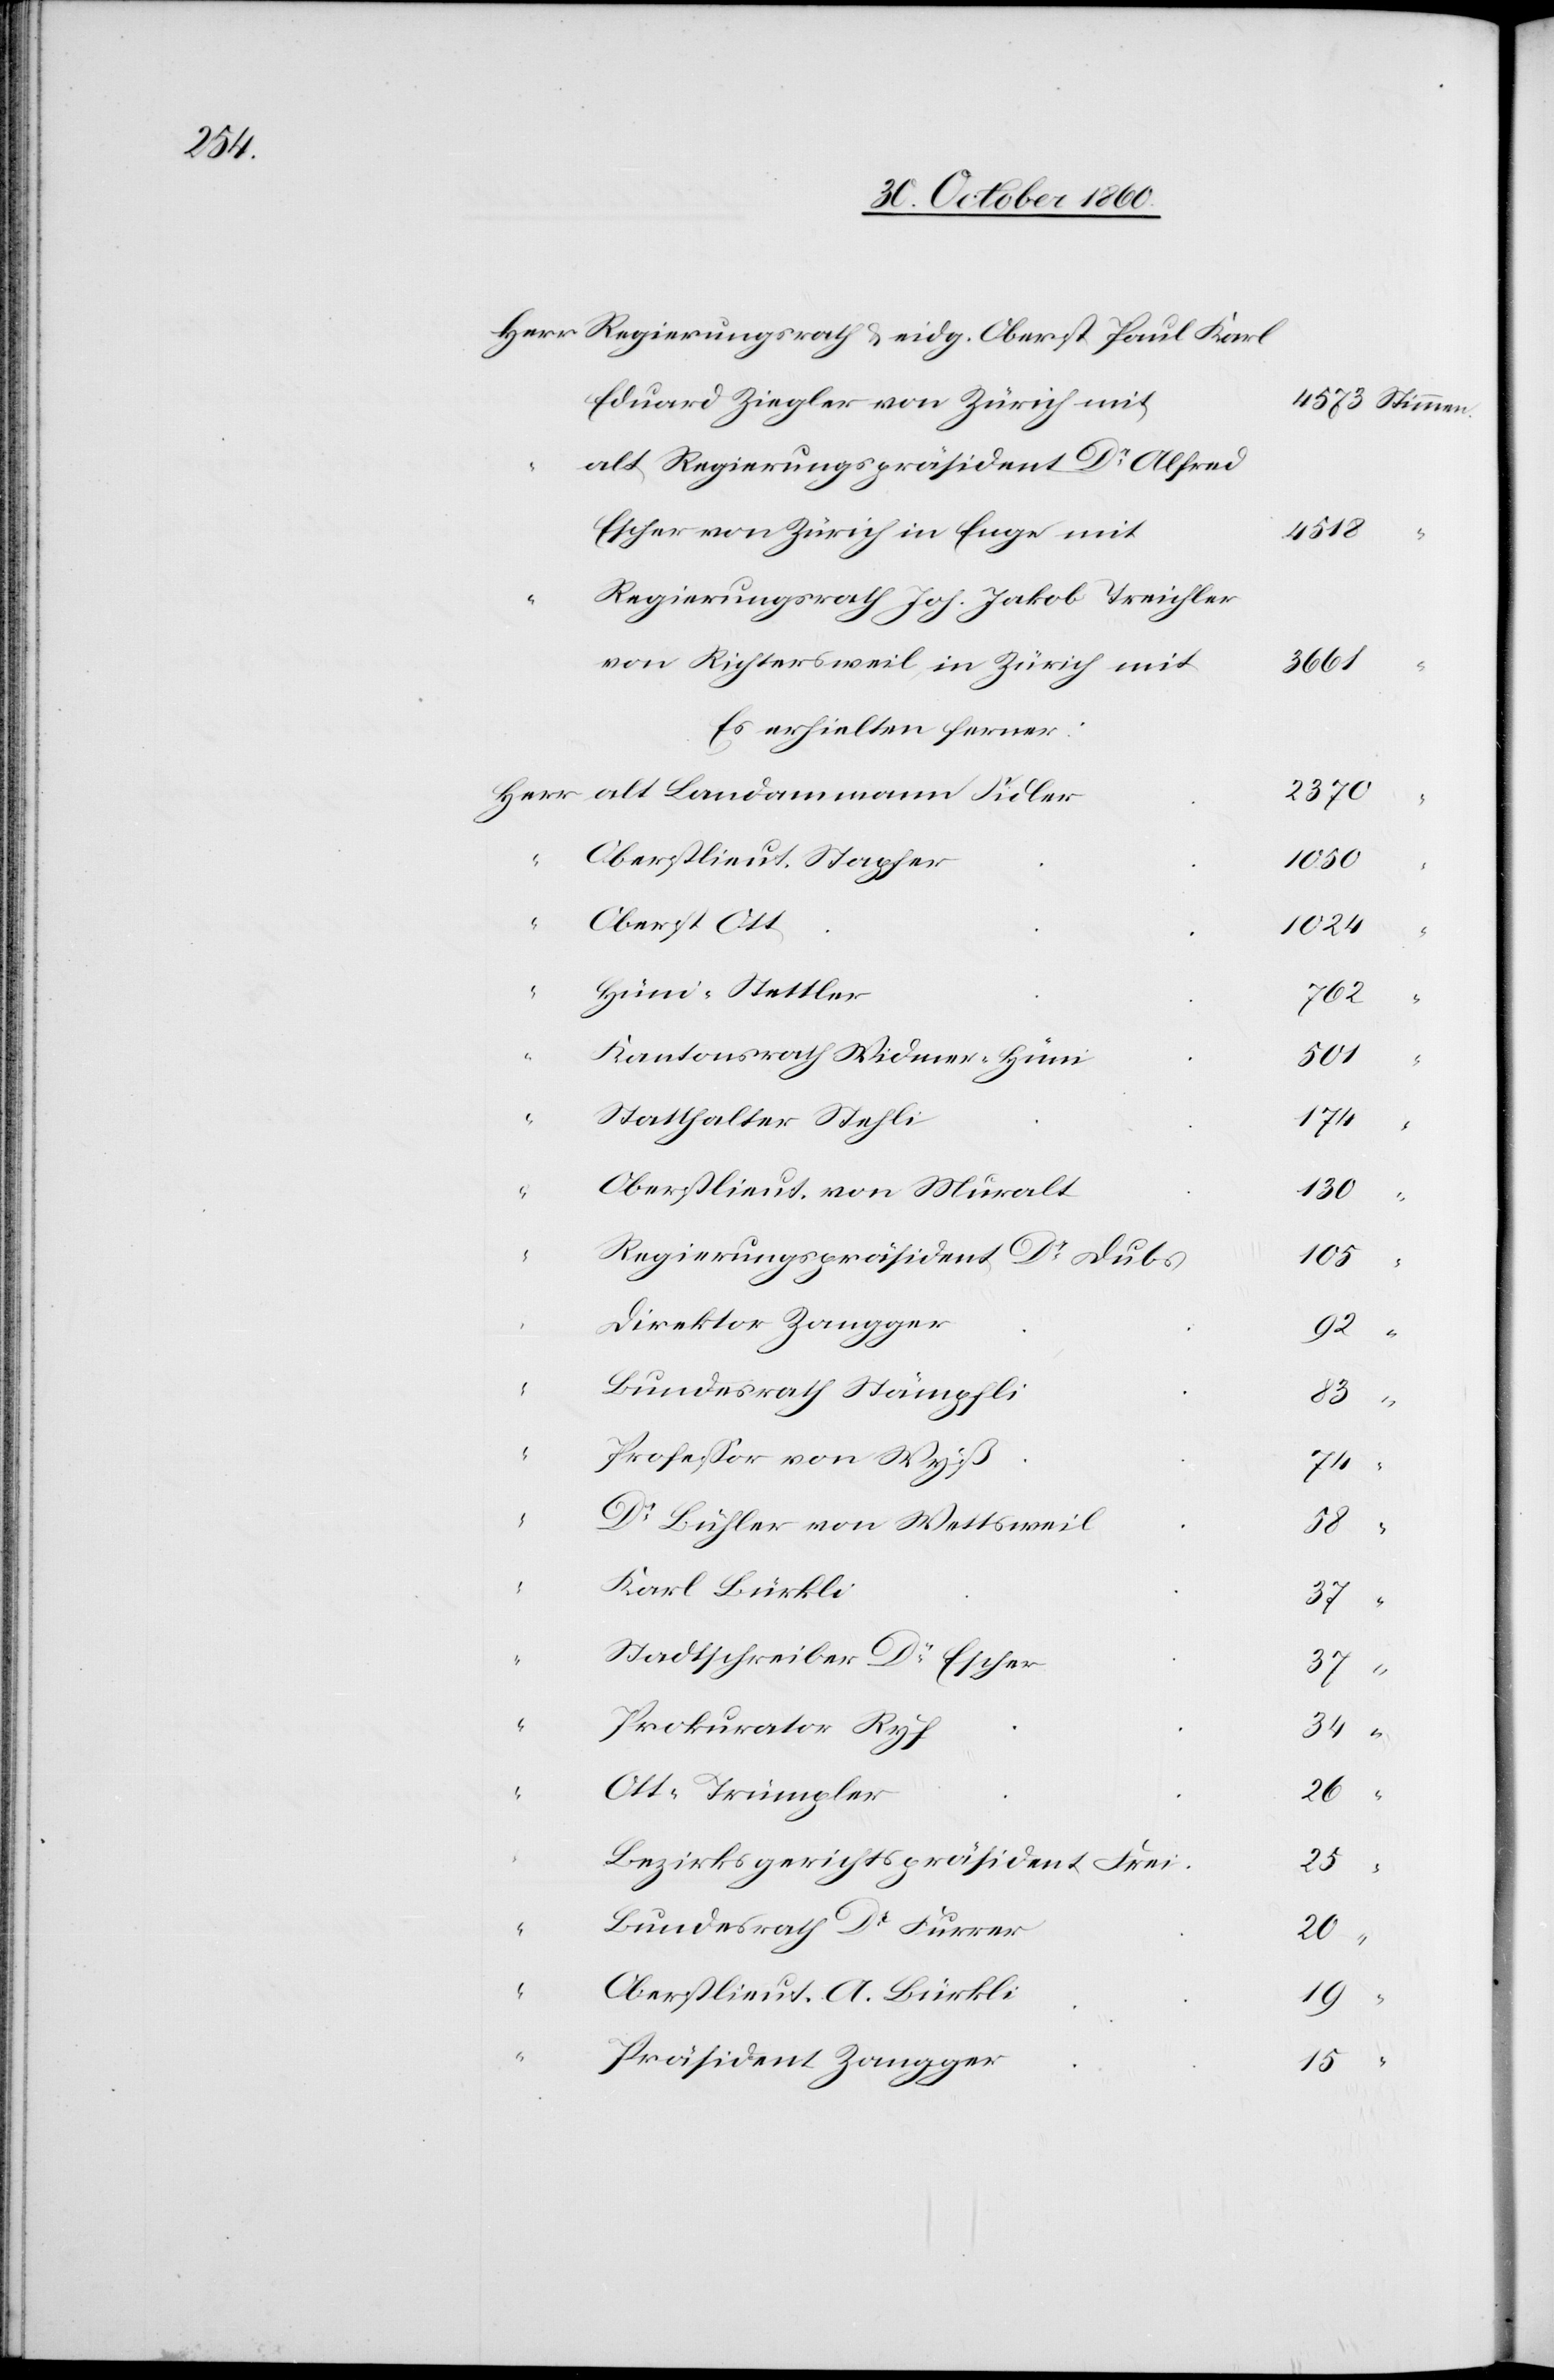
Eduard Ziegler von Zürich mit
alt Regierungspräsident Dr Alfred
Escher von Zürich in Enge mit
Regierungsrath Joh. Jakob Treichler
von Richtersweil in Zürich mit
Es erhielten ferner:
Herr
Oberstlieut. Stapfer
Oberst Ott
Hüni-Stettler
Kantonsrath Widmer-Hüni
Statthalter Stehli
Oberstlieut. von Muralt
Regierungspräsident Dr Dubs
Direktor Zangger
Bundesrath Stämpfli
Professor von Wyß
Dr Bühler von Wettsweil
Karl Bürkli
Stadtschreiber Dr Escher
Prokurator Ryf
Ott-Trümpler
Bezirksgerichtspräsident Frei
Bundesrath Dr Furrer
Oberstlieut. A. Bürkli
Präsident Zangger

4518
3661
2370
“
1024
501
174
“
15
“
105
37
“
20